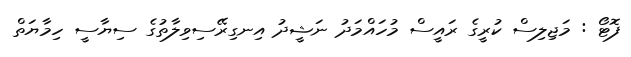
ފޮޓޯ : މަޖިލިސް ކުރީގެ ރައީސް މުހައްމަދު ނަޝީދު އިނގިރޭސިވިލާތުގެ ސިޔާސީ ހިމާޔަތް